Civil Veterinary Department. United Provinces 1912-22 - 1912-1922
Year: 1912
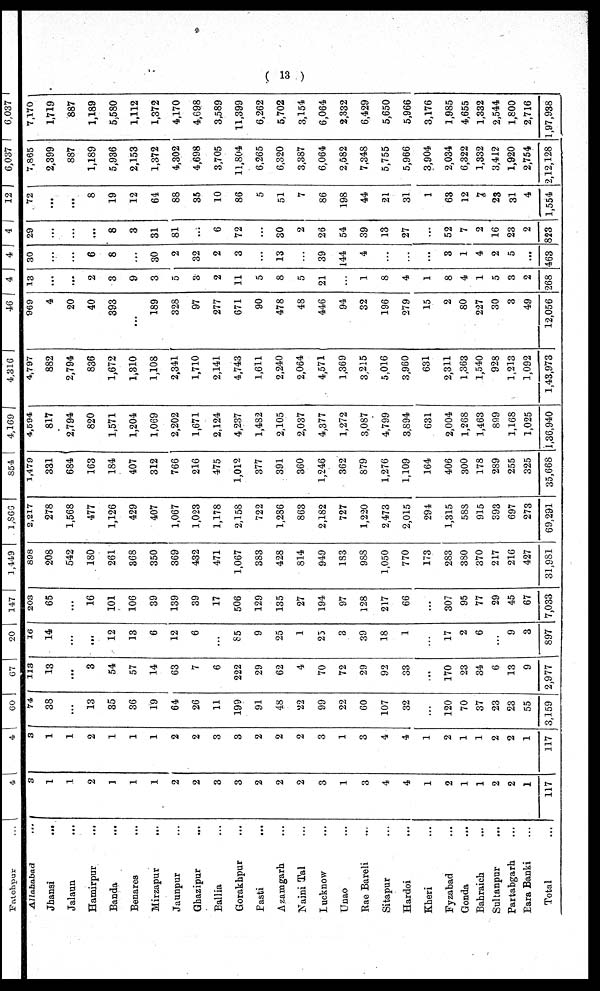
( 13 )
Allahabad ...
Jhansi ...
Jalaun ...
Hamirpur ...
Banda ...
Benares
Mirzapur ...
Jaunpur ...
Ghazipur ...
Ballia ...
Gorakhpur ...
Basti ...
Azamgarh ...
Naini Tal ...
Lucknow ...
Unao ...
Rae Bareli ...
Sitapur ...
Hardoi ...
Kheri ...
Fyzabad ...
Gonda ...
Bahraich ...
Sultanpur ...
Partabgarh ...
Bara Banki ...
Total ...
3
1
1
2
1
1
1
2
2
3
3
2
2
2
3
1
3
4
4
1
2
1
1
2
2
1
117
3
1
1
2
1
1
1
2
2
3
3
2
2
2
3
1
3
4
4
1
2
1
1
2
2
1
117
74
38
...
13
35
36
19
64
26
11
199
91
48
22
99
22
60
107
32
...
120
70
37
23
23
55
3,159
113
13
...
3
54
57
14
63
7
6
222
29
62
4
70
72
29
92
33
...
170
23
34
6
13
9
2,977
16
14
...
...
12
13
6
12
6
...
85
9
25
1
25
3
39
18
1
...
17
2
6
...
9
3
897
203
65
...
16
101
106
39
139
39
17
506
129
135
27
194
97
128
217
66
...
307
95
77
29
45
67
7,033
898
208
542
180
261
368
350
369
432
471
1,067
383
428
814
949
183
988
1,050
770
173
283
380
370
217
216
427
31,981
2,217
278
1,568
477
1,126
429
407
1,067
1,023
1,178
2,158
722
1,286
863
2,182
727
1,220
2,473
2,015
291
1,315
588
915
893
697
273
69,291
1,479
331
684
163
184
407
312
766
216
475
1,012
377
391
360
1,246
362
879
1,276
1,109
164
406
300
178
289
255
325
35,668
4,594
817
2,794
820
1,571
1,204
1,069
2,202
1,671
2,124
4,237
1,482
2,105
2,037
4,377
1,272
3,087
4,799
3,894
631
2,004
1,268
1,463
899
1,168
1,025
1,36,940
4,797
882
2,794
836
1,672
1,310
1,108
2,341
1,710
2,141
4,743
1,611
2,240
2,064
4,571
1,369
3,215
5,016
3,960
631
2,311
1,363
1,540
928
1,213
1,092
1,43,973
969
4
20
40
393
...
189
328
97
277
671
90
478
48
446
94
32
196
279
15
2
80
227
30
3
49
12,056
13
...
...
2
3
9
3
5
3
2
11
5
8
5
21
...
1
8
4
1
8
4
1
5
3
2
268
30
...
...
6
8
...
30
2
32
2
3
...
13
...
39
144
4
...
...
...
3
1
4
2
5
...
463
29
...
...
...
8
3
31
81
...
6
72
...
30
2
26
54
39
13
27
...
52
7
2
16
23
2
823
72
...
...
8
19
12
64
88
35
10
86
5
51
7
86
198
44
21
31
1
63
12
7,
23
31
4
1,554
7,865
2,399
887
1,189
5,936
2,153
1,372
4,302
4,698
3,705
11,804
6,265
6,320
3,387
6,064
2,582
7,348
5,755
5,966
3,904
2,034
6,322
1,332
3,412
1,920
2,754
2,12,128
7,170
1,719
887
1,189
5,580
1,112
1,372
4,170
4,G98
3,589
11,399
6,262
5,702
3,154
6,064
2,332
6,429
5,650
5,966
3,176
1,985
4,655
1,332
2,544
1,800
2,716
1,97,938